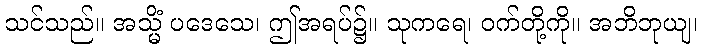
သင်သည်။ အသ္မိံ ပဒေသေ၊ ဤအရပ်၌။ သုကရေ၊ ဝက်တို့ကို။ အဘိဘုယျ၊